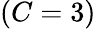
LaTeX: \left(C=3\right)